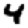
Digit: 4